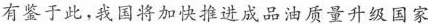
有鉴于此，我国将加快推进成品油质量升级国家